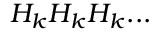
H _ { k } H _ { k } H _ { k } . . .